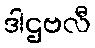
ဒါဌဗလီ